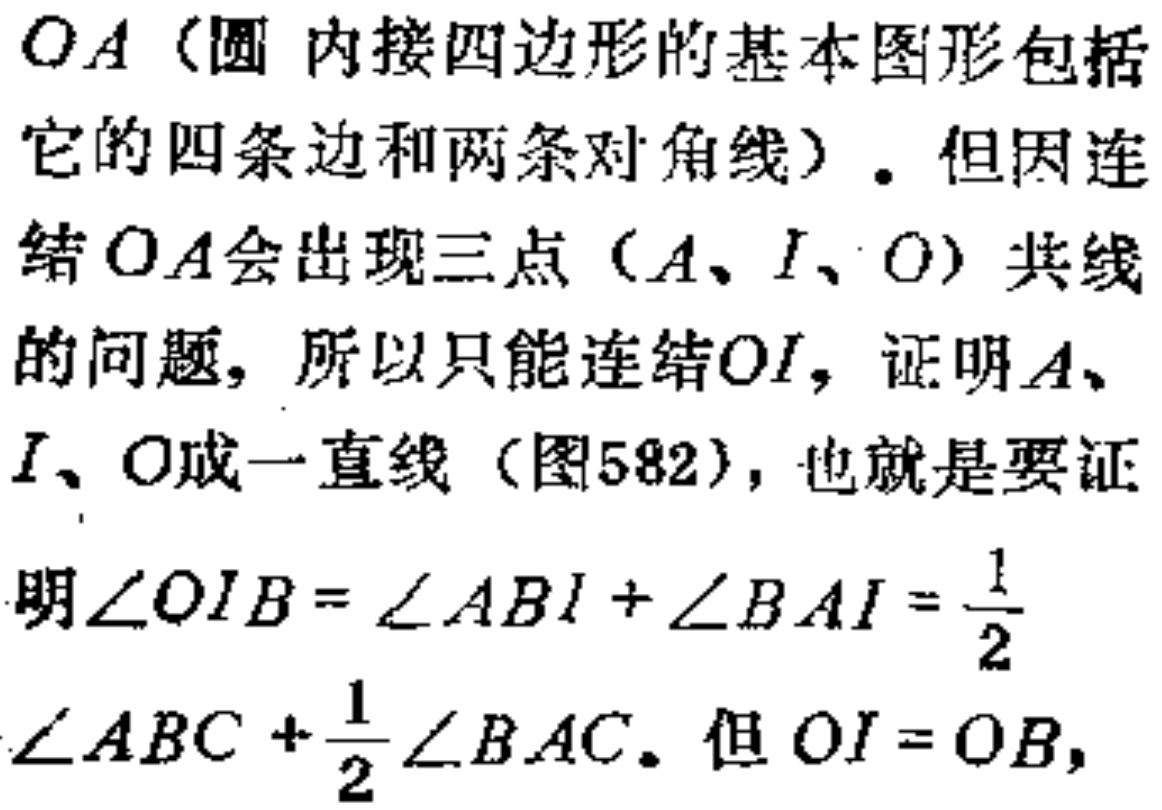
$OA$（圆 内接四边形的基本图形包括它的四条边和两条对角线）. 但因连结$OA$会出现三点（$A、I、O$）共线的问题，所以只能连结$OI$，证明$A、I、O$成一直线（图582），也就是要证明$\angle OIB = \angle ABI + \angle BAI=\frac{1}{2}\angle ABC+\frac{1}{2}\angle BAC$. 但$OI = OB$，